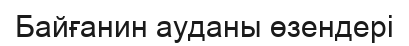
Байғанин ауданы өзендері